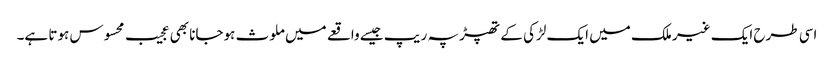
اسی طرح ایک غیر ملک میں ایک لڑکی کے تھپڑ پہ ریپ جیسے واقعے میں ملوث ہوجانا بھی عجیب محسوس ہوتا ہے۔